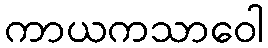
ကာယကသာဝေါ